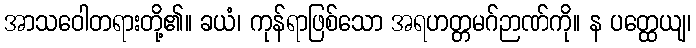
အာသဝေါတရားတို့၏။ ခယံ၊ ကုန်ရာဖြစ်သော အရဟတ္တမဂ်ဉာဏ်ကို။ န ပတ္ထေယျ၊